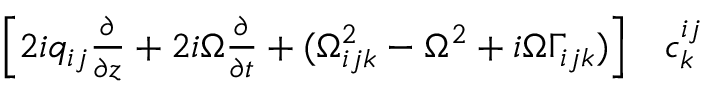
\begin{array} { r l } { \left[ 2 i q _ { i j } \frac { \partial } { \partial z } + 2 i \Omega \frac { \partial } { \partial t } + ( \Omega _ { i j k } ^ { 2 } - \Omega ^ { 2 } + i \Omega \Gamma _ { i j k } ) \right] } & { { } c _ { k } ^ { i j } } \end{array}